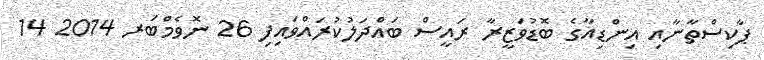
ޕާކިސްތާނާއި އިންޑިއާގެ ބޮޑުވަޒީރާ ރައީސް ބައްދަލުކުރައްވައިފި 26 ނޮވެމްބަރ 2014 14